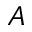
A